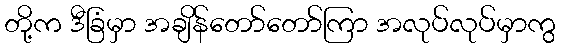
တို့က ဒီခြံမှာ အချိန်တော်တော်ကြာ အလုပ်လုပ်မှာကွ